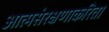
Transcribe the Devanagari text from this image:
आत्मसंरक्षणाकरिता